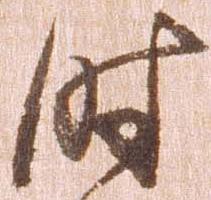
時